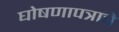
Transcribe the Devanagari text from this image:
घोषणापत्राचे